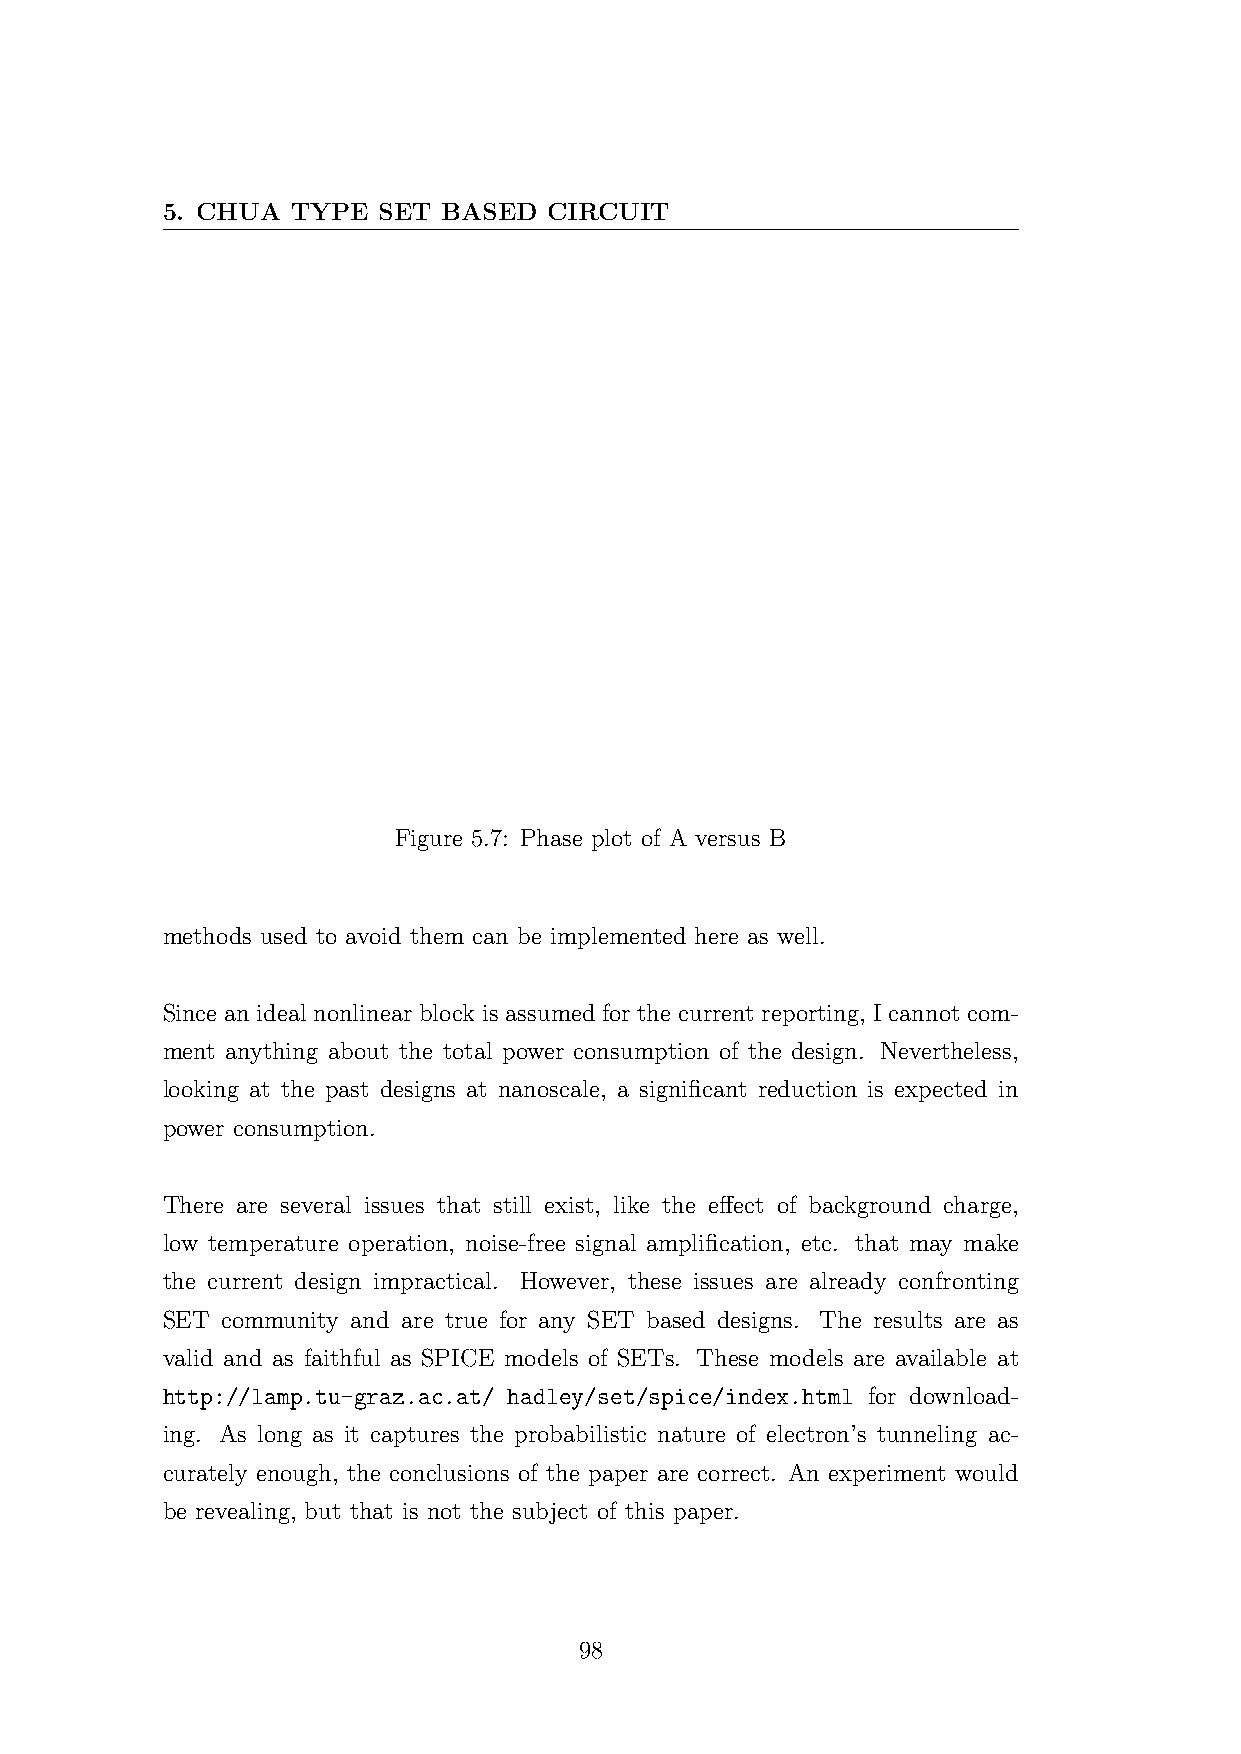
5. CHUA TYPE  SET BASED  CIRCUIT
 Figure 5.7: Phase plot of A versus B
 methods used to avoid them can be implemented here as well.
 Since an ideal nonlinear block is assumed for the current reporting, I cannot com-
 ment anything about the total power consumption of the design. Nevertheless,
 looking at the past designs at nanoscale, a significant reduction is expected in
 power consumption.
 There are several issues that still exist, like the effect of background charge,
 low temperature operation, noise-free signal amplification, etc. that may make
 the current design impractical. However, these issues are already confronting
 SET community and are true for any SET based designs. The results are as
 valid and as faithful as SPICE models of SETs. These models are available at
 http://lamp.tu-graz.ac.at/ hadley/set/spice/index.html for download-
 ing. As long as it captures the probabilistic nature of electron’s tunneling ac-
 curately enough, the conclusions of the paper are correct. An experiment would
 be revealing, but that is not the subject of this paper.
 98